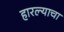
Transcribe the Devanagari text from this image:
हारल्याचा